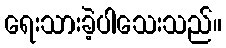
ရေးသားခဲ့ပါသေးသည်။